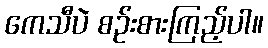
ကေသီပဲ စဉ်းစားကြည့်ပါ။